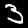
Label: 3